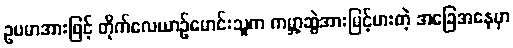
ဥပမာအားဖြင့် တိုက်လေယာဉ်မောင်းသူက ကမ္ဘာ့ဆွဲအားမြင့်မားတဲ့ အခြေအနေမှာ